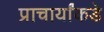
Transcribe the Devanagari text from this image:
प्राचार्यांकडे